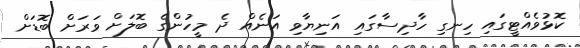
ކޮޅުވެއްޓީގައި ހިނގި ހާދިސާގައި އަނިޔާވި އަނެއް ދެ މީހުންގެ ބޮލަށް ވަރަށް ބޮޑަށް